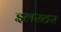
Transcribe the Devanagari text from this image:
इलस्टर